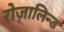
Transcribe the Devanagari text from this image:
रोज़ालिन्ड